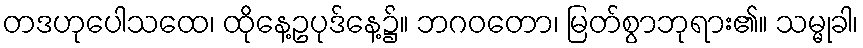
တဒဟုပေါသထေ၊ ထိုနေ့ဥပုဒ်နေ့၌။ ဘဂဝတော၊ မြတ်စွာဘုရား၏။ သမ္မုခါ၊